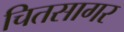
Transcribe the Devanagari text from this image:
चितसागर